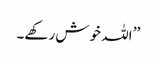
’’ اللہ خوش رکھے۔